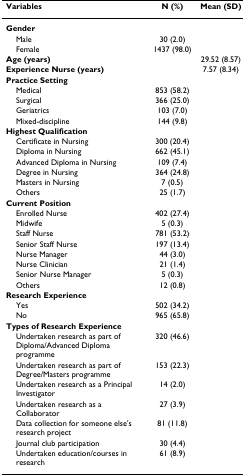
<table><thead><tr><td><b>Variables</b></td><td><b>N (%)</b></td><td><b>Mean (SD)</b></td></tr></thead><tbody><tr><td><b>Gender</b></td><td></td><td></td></tr><tr><td> Male</td><td>30 (2.0)</td><td></td></tr><tr><td> Female</td><td>1437 (98.0)</td><td></td></tr><tr><td><b>Age (years)</b></td><td></td><td>29.52 (8.57)</td></tr><tr><td><b>Experience Nurse (years)</b></td><td></td><td>7.57 (8.34)</td></tr><tr><td><b>Practice Setting</b></td><td></td><td></td></tr><tr><td> Medical</td><td>853 (58.2)</td><td></td></tr><tr><td> Surgical</td><td>366 (25.0)</td><td></td></tr><tr><td> Geriatrics</td><td>103 (7.0)</td><td></td></tr><tr><td> Mixed-discipline</td><td>144 (9.8)</td><td></td></tr><tr><td><b>Highest Qualification</b></td><td></td><td></td></tr><tr><td> Certificate in Nursing</td><td>300 (20.4)</td><td></td></tr><tr><td> Diploma in Nursing</td><td>662 (45.1)</td><td></td></tr><tr><td> Advanced Diploma in Nursing</td><td>109 (7.4)</td><td></td></tr><tr><td> Degree in Nursing</td><td>364 (24.8)</td><td></td></tr><tr><td> Masters in Nursing</td><td>7 (0.5)</td><td></td></tr><tr><td> Others</td><td>25 (1.7)</td><td></td></tr><tr><td><b>Current Position</b></td><td></td><td></td></tr><tr><td> Enrolled Nurse</td><td>402 (27.4)</td><td></td></tr><tr><td> Midwife</td><td>5 (0.3)</td><td></td></tr><tr><td> Staff Nurse</td><td>781 (53.2)</td><td></td></tr><tr><td> Senior Staff Nurse</td><td>197 (13.4)</td><td></td></tr><tr><td> Nurse Manager</td><td>44 (3.0)</td><td></td></tr><tr><td> Nurse Clinician</td><td>21 (1.4)</td><td></td></tr><tr><td> Senior Nurse Manager</td><td>5 (0.3)</td><td></td></tr><tr><td> Others</td><td>12 (0.8)</td><td></td></tr><tr><td><b>Research Experience</b></td><td></td><td></td></tr><tr><td> Yes</td><td>502 (34.2)</td><td></td></tr><tr><td> No</td><td>965 (65.8)</td><td></td></tr><tr><td><b>Types of Research Experience</b></td><td></td><td></td></tr><tr><td> Undertaken research as part of Diploma/Advanced Diploma programme</td><td>320 (46.6)</td><td></td></tr><tr><td> Undertaken research as part of Degree/Masters programme</td><td>153 (22.3)</td><td></td></tr><tr><td> Undertaken research as a Principal Investigator</td><td>14 (2.0)</td><td></td></tr><tr><td> Undertaken research as a Collaborator</td><td>27 (3.9)</td><td></td></tr><tr><td> Data collection for someone else&#x27;s research project</td><td>81 (11.8)</td><td></td></tr><tr><td> Journal club participation</td><td>30 (4.4)</td><td></td></tr><tr><td> Undertaken education/courses in research</td><td>61 (8.9)</td><td></td></tr></tbody></table>